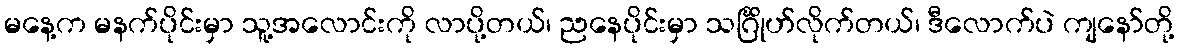
မနေ့က မနက်ပိုင်းမှာ သူ့အလောင်းကို လာပို့တယ်၊ ညနေပိုင်းမှာ သင်္ဂြိုဟ်လိုက်တယ်၊ ဒီလောက်ပဲ ကျနော်တို့